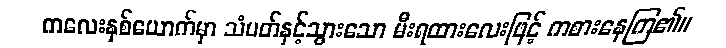
ကလေးနှစ်ယောက်မှာ သံပတ်နှင့်သွားသော မီးရထားလေးဖြင့် ကစားနေကြ၏။